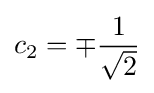
c_{2}=\mp {\frac {1}{\sqrt {2}}}